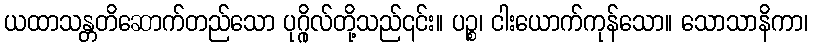
ယထာသန္တတိဆောက်တည်သော ပုဂ္ဂိုလ်တို့သည်၎င်း။ ပဉ္စ၊ ငါးယောက်ကုန်သော။ သောသာနိကာ၊